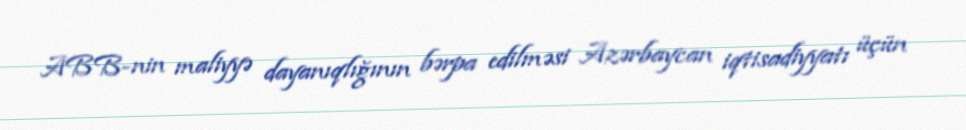
ABB-nin maliyyə dayanıqlığının bərpa edilməsi Azərbaycan iqtisadiyyatı üçün